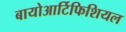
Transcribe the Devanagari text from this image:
बायोआर्टिफिशियल